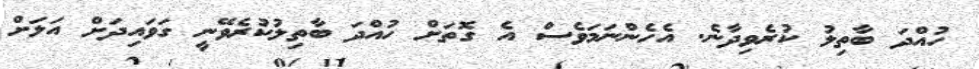
ހުއްދަ ބާތިލު ކުރެވިދާނެ. އެހެންނަމަވެސް އެ ގޮތަށް ހުއްދަ ބާތިލުކުރެވޭނީ ގަވައިދަށް އަލަށް